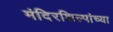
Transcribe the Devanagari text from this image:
मंदिरशिल्पांच्या